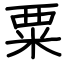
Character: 粟